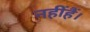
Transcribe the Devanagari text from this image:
नहींहैं।